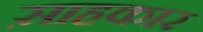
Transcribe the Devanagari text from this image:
स़ाहकार